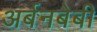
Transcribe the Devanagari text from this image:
अर्बनबेबी